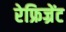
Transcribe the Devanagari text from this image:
रेफ्रिज्रेंट